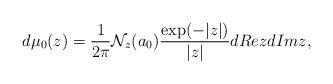
LaTeX: \begin{align*}d\mu_0(z)={1\over 2\pi}{\cal N}_z(a_0){\exp (-|z|)\over |z|}d Re zd Im z,\end{align*}